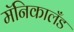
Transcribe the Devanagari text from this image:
मॅनिकालँड